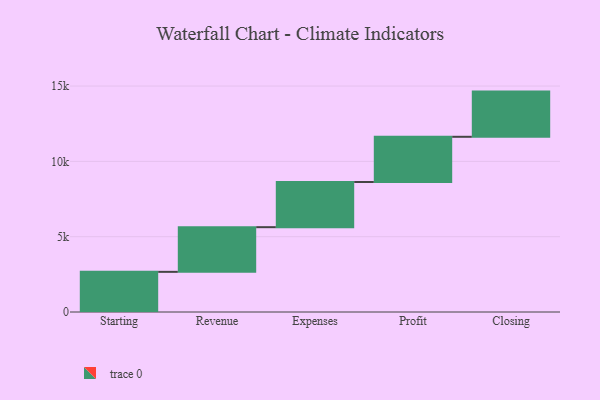
{"axis": {"x": "Step", "y": "Value"}, "legend": [""], "data": [{"x": "Starting", "y": 2665.0, "type": ""}, {"x": "Revenue", "y": 2966.0, "type": ""}, {"x": "Expenses", "y": 3000, "type": ""}, {"x": "Profit", "y": 3000, "type": ""}, {"x": "Closing", "y": 3000, "type": ""}]}